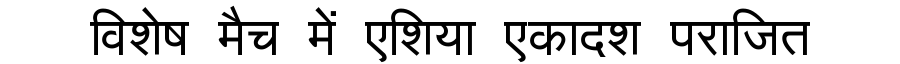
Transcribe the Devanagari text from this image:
विशेष मैच में एशिया एकादश पराजित